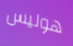
هوليس